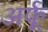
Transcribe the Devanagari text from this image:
अर्फू